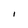
Character: I